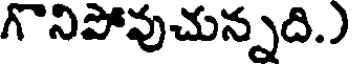
గొనిపోవుచున్నది.)